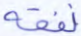
نفقه